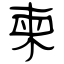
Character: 柬